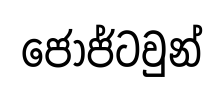
ජෝජ්ටවුන්